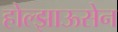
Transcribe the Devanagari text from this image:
होल्झाऊसेन